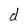
Character: d